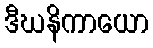
ဒီဃနိကာယော